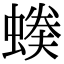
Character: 𧏉